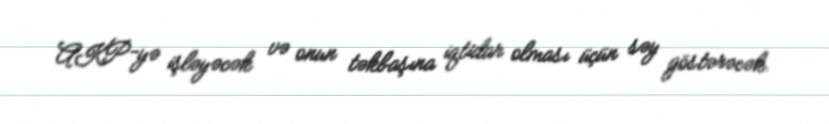
AKP-yə işləyəcək və onun təkbaşına iqtidar olması üçün səy göstərəcək.